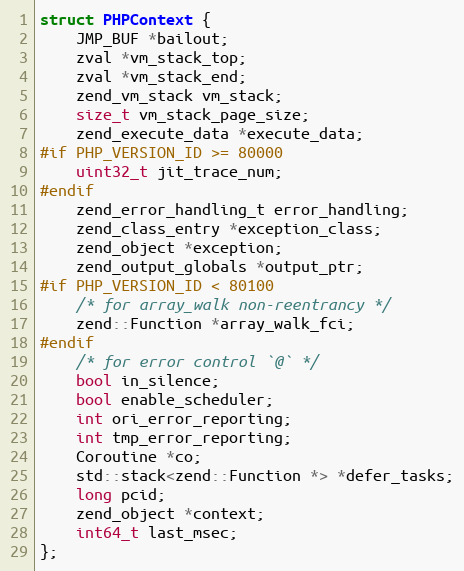
Language: C
struct PHPContext {
    JMP_BUF *bailout;
    zval *vm_stack_top;
    zval *vm_stack_end;
    zend_vm_stack vm_stack;
    size_t vm_stack_page_size;
    zend_execute_data *execute_data;
#if PHP_VERSION_ID >= 80000
    uint32_t jit_trace_num;
#endif
    zend_error_handling_t error_handling;
    zend_class_entry *exception_class;
    zend_object *exception;
    zend_output_globals *output_ptr;
#if PHP_VERSION_ID < 80100
    /* for array_walk non-reentrancy */
    zend::Function *array_walk_fci;
#endif
    /* for error control `@` */
    bool in_silence;
    bool enable_scheduler;
    int ori_error_reporting;
    int tmp_error_reporting;
    Coroutine *co;
    std::stack<zend::Function *> *defer_tasks;
    long pcid;
    zend_object *context;
    int64_t last_msec;
};